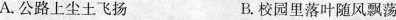
A.公路上尘土飞扬 B.校园里落叶随风飘荡